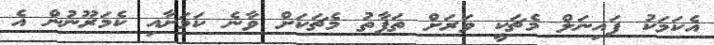
އެކަމަކު ފައިނަލް މެޗަކީ ވަރަށް ތަފާތު މެޗަކަށް ވާނެ ކަމަށާއި ކެމަރޫނުން އެ